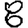
Digit: 8